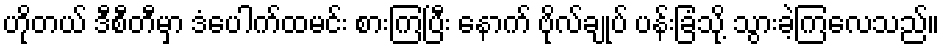
ဟိုတယ် ဒီစီတီမှာ ဒံပေါက်ထမင်း စားကြပြီး နောက် ဗိုလ်ချုပ် ပန်းခြံသို့ သွားခဲ့ကြလေသည်။